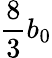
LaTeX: \frac{8}{3}b_{0}